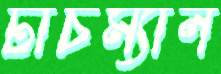
টাচম্যান